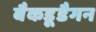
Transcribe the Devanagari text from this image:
बैकडूडैगन